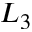
L _ { 3 }